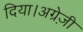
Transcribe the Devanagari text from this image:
दिया।अग्रेज़ी